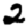
Digit: 2